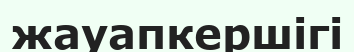
жауапкершігі